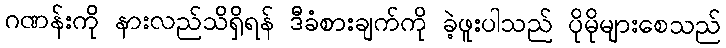
ဂဏန်းကို နားလည်သိရှိရန် ဒီခံစားချက်ကို ခဲ့ဖူးပါသည် ပိုမိုများစေသည်